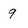
Character: 9